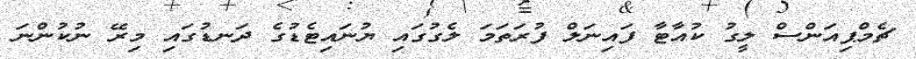
ޗެމްޕިއަންސް ލީގު ކުއާޓާ ފައިނަލް ފުރަތަމަ ލެގުގައި ޔުނައިޓެޑުގެ ދަނޑުގައި މިރޭ ނުކުންނަ